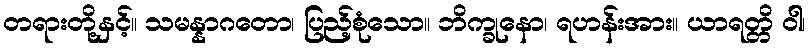
တရားတို့နှင့်။ သမန္နာဂတော၊ ပြည့်စုံသော။ ဘိက္ခုနော၊ ရဟန်းအား။ ယာရတ္တိ ဝါ၊